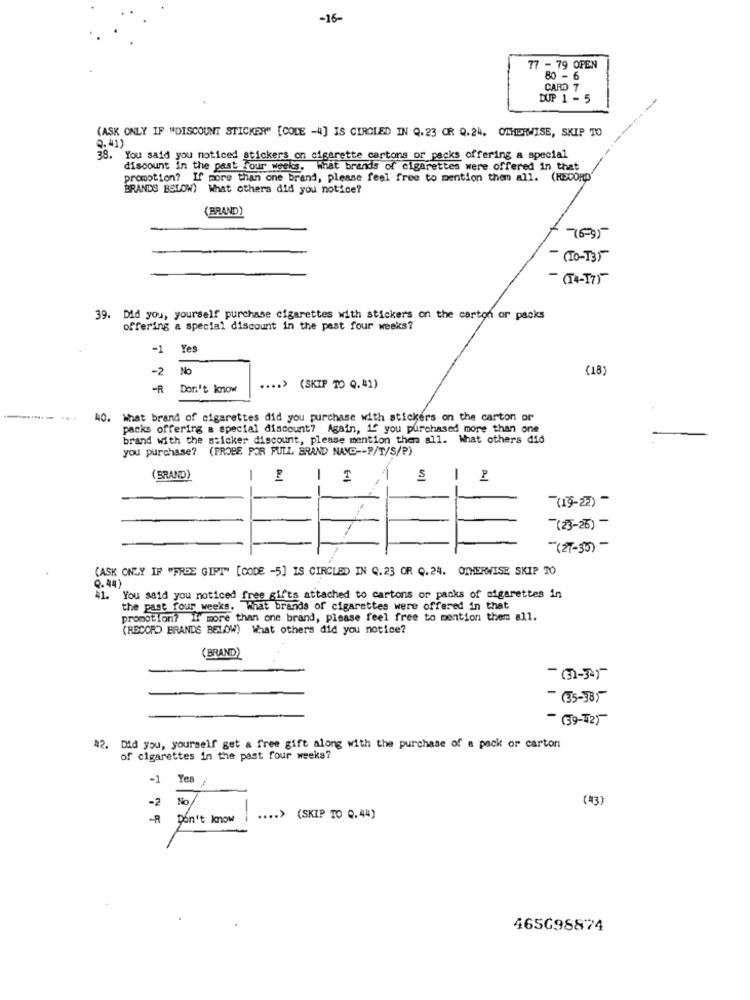
-16-
77 - 79 OPEN
80 - 6
CARD 7
DUP 1 - 5
(ASK ONLY IF "DISCOUNT STICKER" [COLE -4] IS CIRCLED IN Q.23 OR 0.24. OTHERWISE, SKIP TO
2.41)
39.
You said you noticed stickers on cigarette cartons or packs offering a special
discount in the past four weeks. What brands of cigarettes were offered in that
promotion? If more than one brand, please feel free to mention them all. (RECORD"
BRANDS BELOW) What others did you notice?
(BRAND)
76-95
- (10-135
(14-17)
39. Did you, yourself purchase cigarettes with stickers on the carton or packs
offering a special discount in the past four weeks?
-1
Yes
-2
No
(18)
-R
Don't know
.... > (SKIP TO Q.41)
.. .
40. What brand of cigarettes did you purchase with stickers on the carton or
packs offering a special discount? Again, if you purchased more than one
brand with the sticker discount, please mention then all. What others did
you purchase? (PROBE POR FULL BRAND NAME -- P/T/S/P)
(BRAND)
-
-
S
(13-22) -
(23-26) -
(27-35) -
(ASK ONLY IF "FREE GIFT" [CODE -5] IS CIRCLED IN Q.23 OR Q. 24. OTHERWISE SKIP 70
0.44
You said you noticed free gifts attached to cartons or packs of cigarettes in
the past four weeks. What brands of cigarettes were offered in that
promotion? If more than one brand, please feel free to mention them all.
(RECORD BRANDS BELOW) What others did you notice?
(BRAND)
- (31-3-)
- (35-38)-
- (59-42)
42. Did you, yourself get a free gift along with the purchase of a pack or carton
of cigarettes in the past four weeks?
-1
Yes
-2
No
(43)
-R
Don't know i
465698874